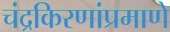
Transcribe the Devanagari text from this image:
चंद्रकिरणांप्रमाणे